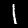
Label: 1